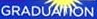
GRADUATION